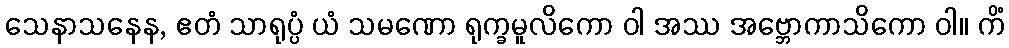
သေနာသနေန, ဧတံ သာရုပ္ပံ ယံ သမဏော ရုက္ခမူလိကော ဝါ အဿ အဗ္ဘောကာသိကော ဝါ။ ကိံ